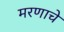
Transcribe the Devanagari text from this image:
मरणाचे